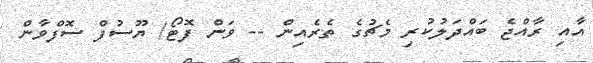
އާއި ރާއްޖެ ބައްދަލުކުރި މެޗުގެ ތެރެއިން -- ވަން ފޮޓޯ/ ޔޫސުފް ސޮފްވާން